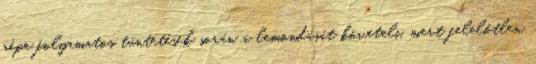
népe folyamatos tüntetések során a lemondását követeli, mert felelőtlen